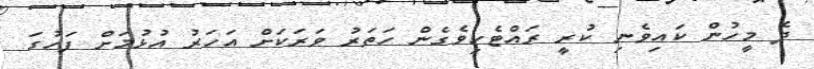
ދެ މީހުން ކައިވެނި ކުރީ ރައްޓެހިވެގެން ހަތަރު ވަރަކަށް އަހަރު އުޅުމަށް ފަހުގަ